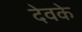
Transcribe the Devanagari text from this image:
देवके